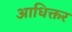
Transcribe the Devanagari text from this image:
आधिक्तर